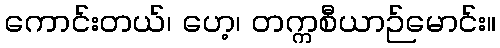
ကောင်းတယ်၊ ဟေ့၊ တက္ကစီယာဉ်မောင်း။